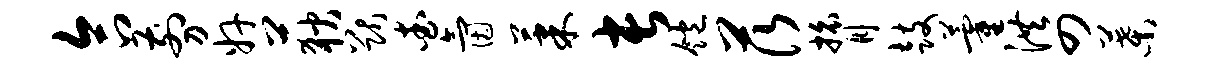
合剪奸荻猷查氤果长饱茨膂鼓藿洪四叶